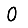
Digit: 0